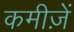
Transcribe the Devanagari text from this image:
कमीज़ें